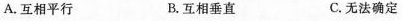
A.互相平行 B.互相垂直 C.无法确定